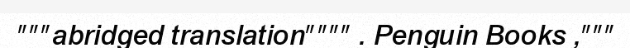
"""abridged translation"""" . Penguin Books ,"""